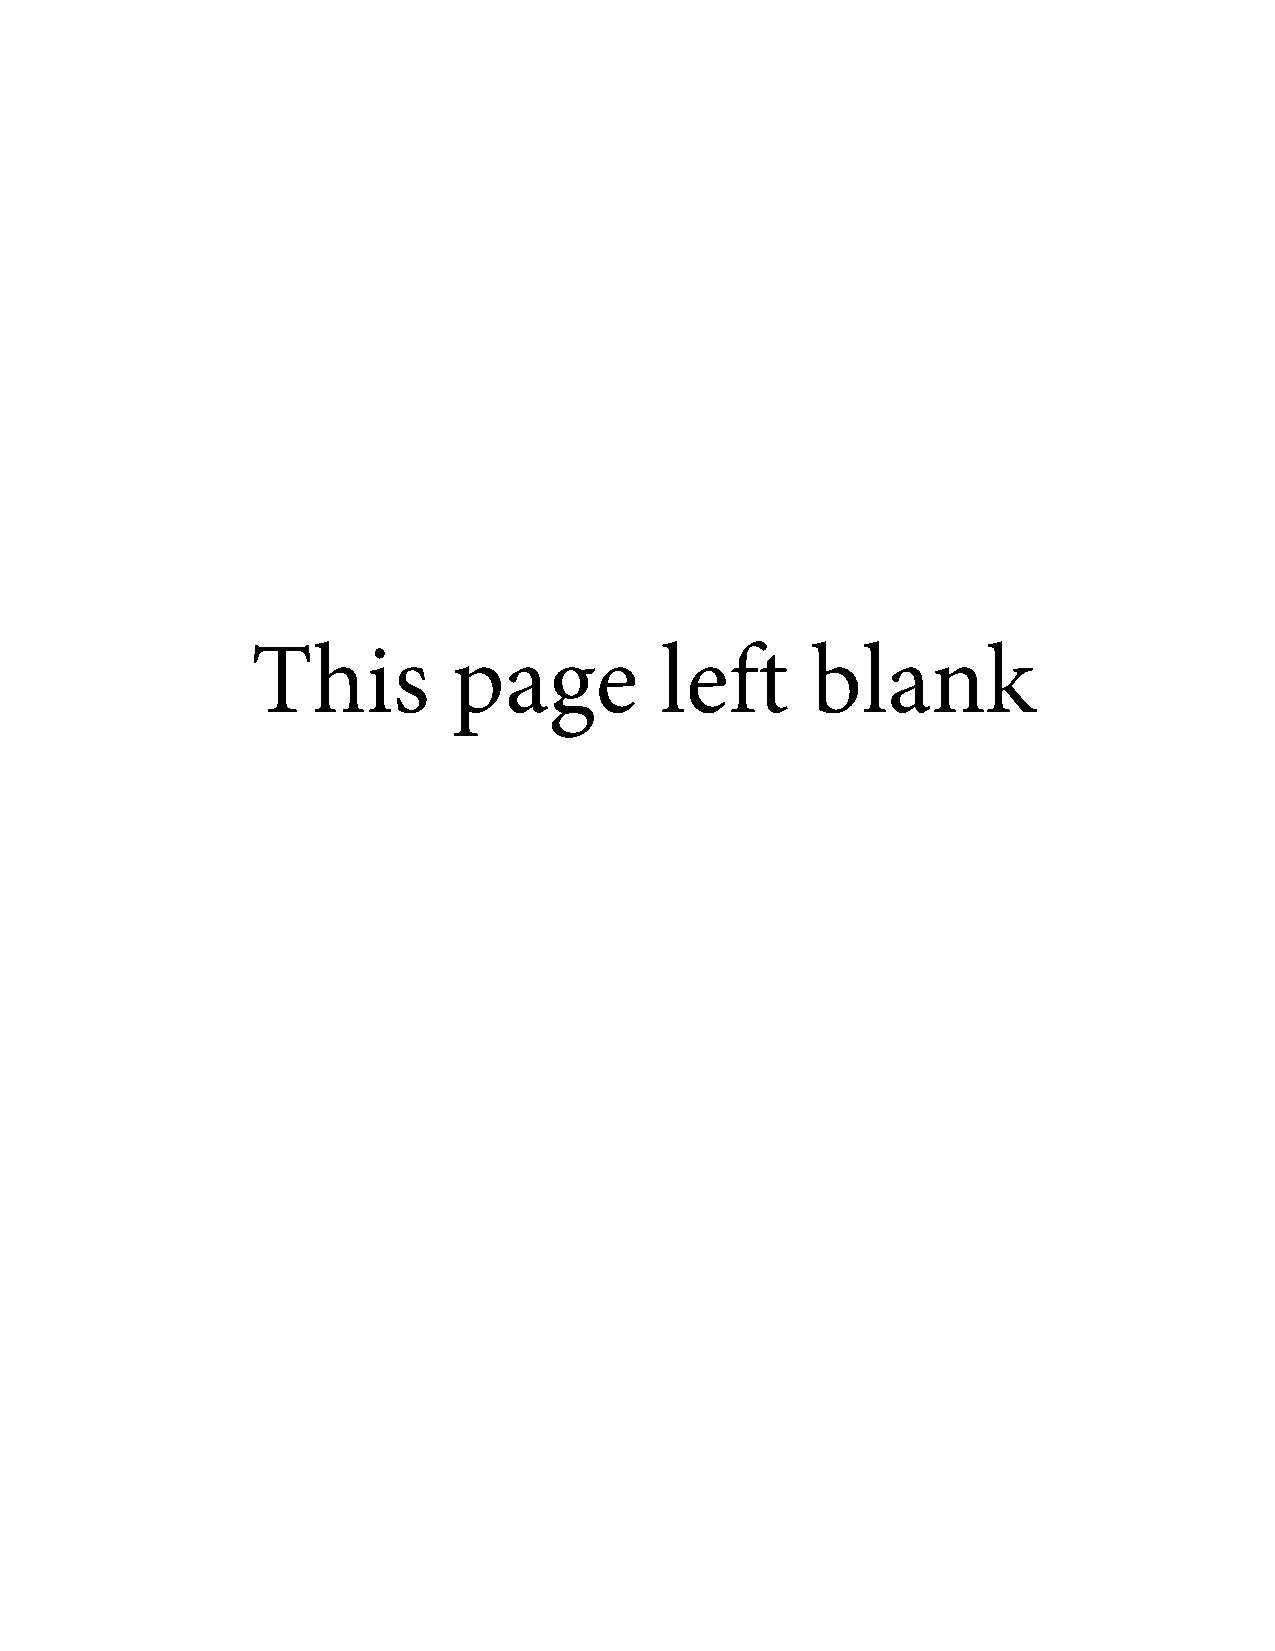
This         page          left      blank